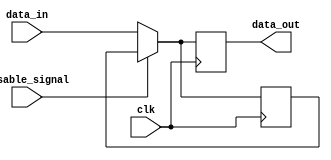
module DisableBlock (
    input wire disable_signal,   // Control signal to disable the block
    input wire clk,              // Clock signal for synchronous logic
    input wire [N-1:0] data_in,  // Input data (N-bit wide)
    output reg [N-1:0] data_out   // Output data (N-bit wide)
);
    parameter N = 8; // Define the width of data

    // Internal state to hold the last valid output
    reg [N-1:0] last_valid_output;

    always @(posedge clk) begin
        if (disable_signal) begin
            // When disabled, retain the last output state
            data_out <= last_valid_output;
        end else begin
            // Normal operation: update output and last valid output
            data_out <= data_in; // Perform the intended operation
            last_valid_output <= data_in; // Store current input for next time
        end
    end

endmodule